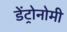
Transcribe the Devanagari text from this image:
डेंट्रोनोमी